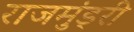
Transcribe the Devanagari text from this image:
राजमुंड्री